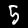
Digit: 5